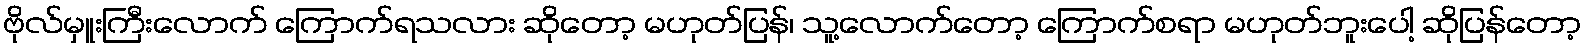
ဗိုလ်မှူးကြီးလောက် ကြောက်ရသလား ဆိုတော့ မဟုတ်ပြန်၊ သူ့လောက်တော့ ကြောက်စရာ မဟုတ်ဘူးပေါ့ ဆိုပြန်တော့